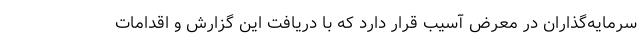
سرمایه‌گذاران در معرض آسیب قرار دارد که با دریافت این گزارش و اقدامات